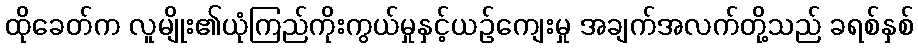
ထိုခေတ်က လူမျိုး၏ယုံကြည်ကိုးကွယ်မှုနှင့်ယဉ်ကျေးမှု အချက်အလက်တို့သည် ခရစ်နှစ်